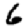
Digit: 6